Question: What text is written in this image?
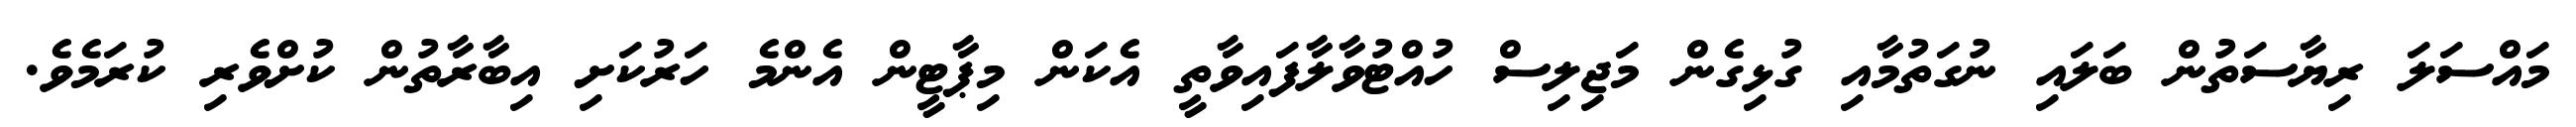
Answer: މައްސަލަ ރިޔާސަތުން ބަލައި ނުގަތުމާއި ގުޅިގެން މަޖިލިސް ހުއްޓުވާލާފައިވާތީ އެކަން މިޕާޓީން އެންމެ ހަރުކަށި އިބާރާތުން ކުށްވެރި ކުރަމެވެ.